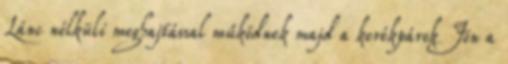
Lánc nélküli meghajtással működnek majd a kerékpárok Jön a